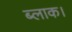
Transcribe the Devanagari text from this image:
ब्‍लाक।